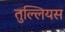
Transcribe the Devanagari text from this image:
तुल्लियस